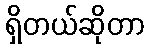
ရှိတယ်ဆိုတာ